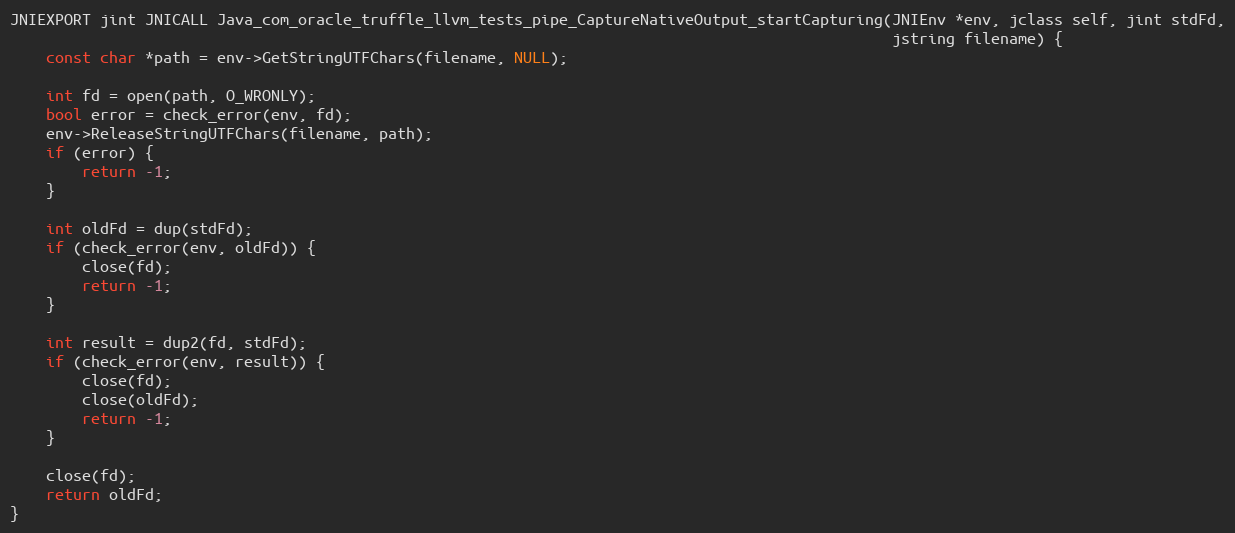
Language: C++
JNIEXPORT jint JNICALL Java_com_oracle_truffle_llvm_tests_pipe_CaptureNativeOutput_startCapturing(JNIEnv *env, jclass self, jint stdFd,
                                                                                                  jstring filename) {
    const char *path = env->GetStringUTFChars(filename, NULL);

    int fd = open(path, O_WRONLY);
    bool error = check_error(env, fd);
    env->ReleaseStringUTFChars(filename, path);
    if (error) {
        return -1;
    }

    int oldFd = dup(stdFd);
    if (check_error(env, oldFd)) {
        close(fd);
        return -1;
    }

    int result = dup2(fd, stdFd);
    if (check_error(env, result)) {
        close(fd);
        close(oldFd);
        return -1;
    }

    close(fd);
    return oldFd;
}